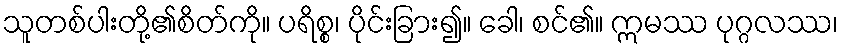
သူတစ်ပါးတို့၏စိတ်ကို။ ပရိစ္စ၊ ပိုင်းခြား၍။ ခေါ၊ စင်၏။ ဣမဿ ပုဂ္ဂလဿ၊